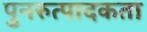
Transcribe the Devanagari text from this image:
पुनरुत्पादकता